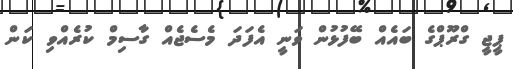
ޕީޖީ ގްރޫޕްގެ ބައެއް ބޭފުޅުން ވަނީ އެފަދަ މެސެޖެއް ގާސިމް ކުރެއްވި ކަން